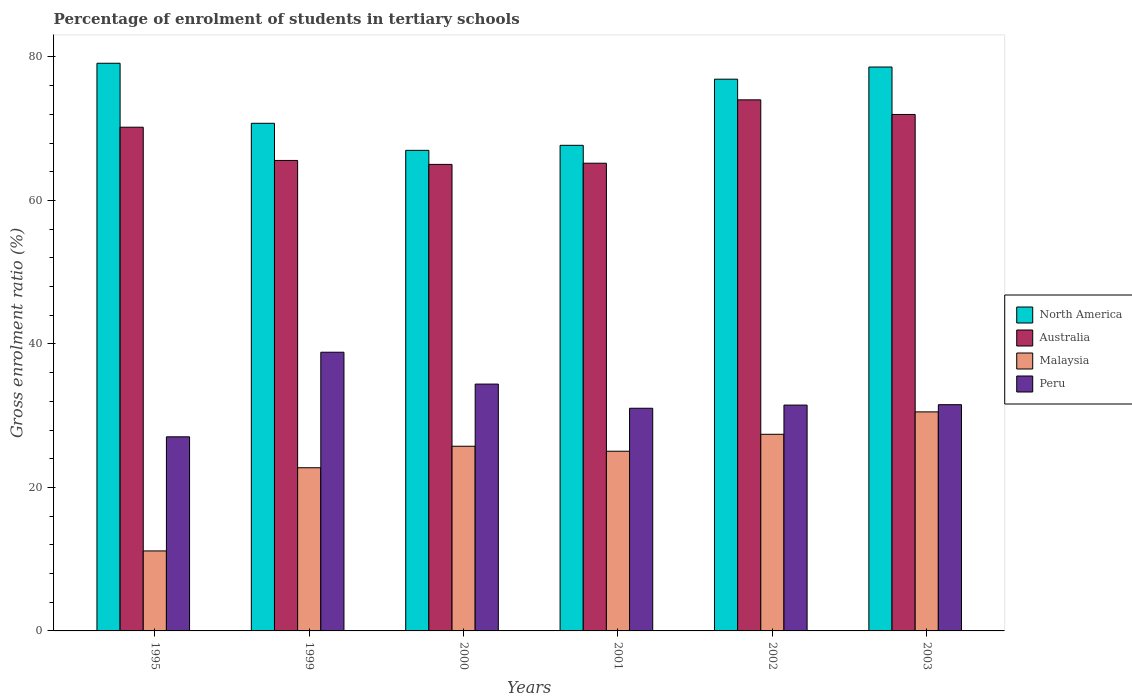
| Years | North America | Australia | Malaysia | Peru |
 | --- | --- | --- | --- | --- |
 | 1995 | 79.1 | 70.2 | 11.1 | 27.1 |
 | 1999 | 70.8 | 65.6 | 22.7 | 38.8 |
 | 2000 | 67 | 65 | 25.7 | 34.4 |
 | 2001 | 67.7 | 65.2 | 25 | 31 |
 | 2002 | 76.9 | 74 | 27.4 | 31.5 |
 | 2003 | 78.6 | 72 | 30.5 | 31.5 |